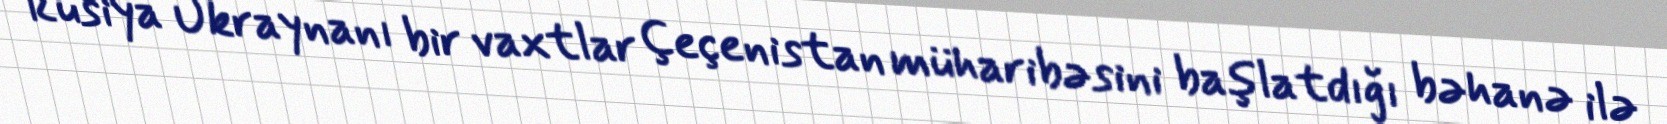
Rusiya Ukraynanı bir vaxtlar Çeçenistan müharibəsini başlatdığı bəhanə ilə